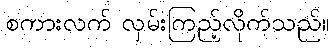
စကားလက် လှမ်းကြည့်လိုက်သည်။